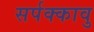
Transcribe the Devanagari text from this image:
सर्पक्कावु